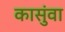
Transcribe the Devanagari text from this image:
कासुंवा